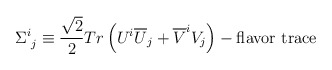
\begin{align*}\Sigma^i_{\,\,j}\equiv\frac{\sqrt{2}}{2}Tr\left(U^i\overline U_j+\overline V^iV_j\right)-{\rm flavor\ trace}\end{align*}